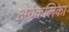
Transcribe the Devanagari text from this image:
अग्रकलिका